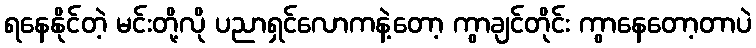
ရနေနိုင်တဲ့ မင်းတို့လို ပညာရှင်လောကနဲ့တော့ ကွာချင်တိုင်း ကွာနေတော့တာပဲ